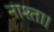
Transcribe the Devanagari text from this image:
नाश्ता।